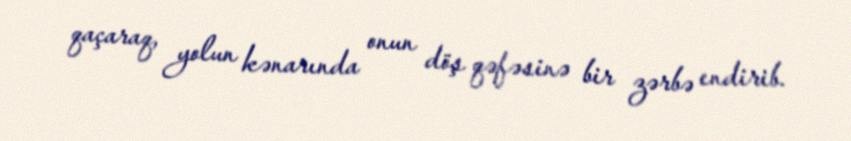
qaçaraq, yolun kənarında onun döş qəfəsinə bir zərbə endirib.